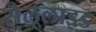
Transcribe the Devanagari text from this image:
सैलूलाइड